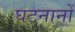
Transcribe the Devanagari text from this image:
घटनानों